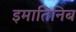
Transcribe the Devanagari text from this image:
इमातिनिब